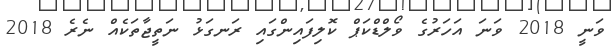
ވަނީ 2018 ވަނަ އަހަރުގެ ވޯލްޑްކަޕް ކޮލިފައިންގައި ރަނގަޅު ނަތީޖާތަކެއް ނެރެ 2018